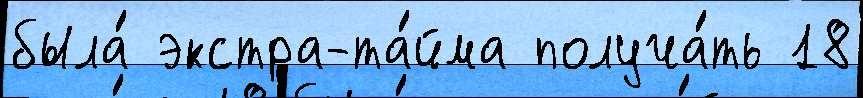
была́ экстра-та́йма получа́ть 18